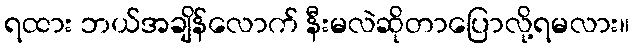
ရထား ဘယ်အချိန်လောက် နီးမလဲဆိုတာပြောလို့ရမလား။